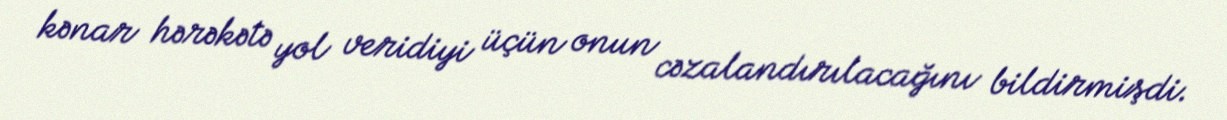
kənar hərəkətə yol veridiyi üçün onun cəzalandırılacağını bildirmişdi.